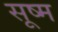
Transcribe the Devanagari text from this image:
सूष्म